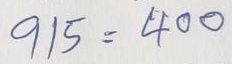
915 = 400